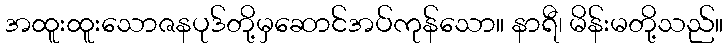
အထူးထူးသောဇနပုဒ်တို့မှဆောင်အပ်ကုန်သော။ နာရီ၊ မိန်းမတို့သည်။